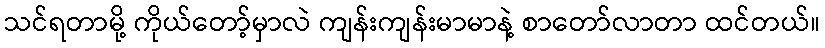
သင်ရတာမို့ ကိုယ်တော့်မှာလဲ ကျန်းကျန်းမာမာနဲ့ စာတော်လာတာ ထင်တယ်။